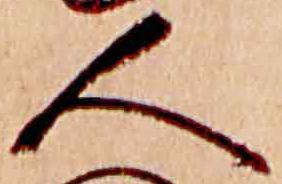
人